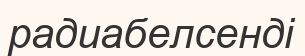
радиабелсенді